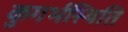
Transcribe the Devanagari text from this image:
कुगर्भस्थिति